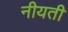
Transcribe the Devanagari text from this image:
नीयती